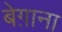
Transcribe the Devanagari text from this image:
बेग़ाना